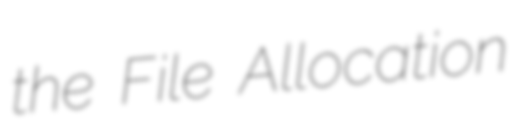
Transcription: the File Allocation